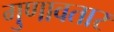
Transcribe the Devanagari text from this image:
गुणावतार